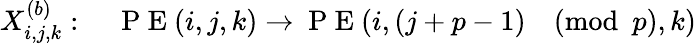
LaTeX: X_{i,j,k}^{(b)}:\quad\mathrm{~P~E~}(i,j,k)\rightarrow\mathrm{~P~E~}(i,(j+p-1)\pmod p,k)